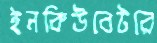
ইনকিউবেটরে